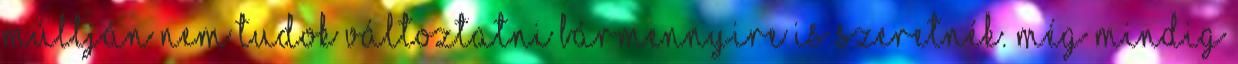
múltján nem tudok változtatni bármennyire is szeretnék. Még mindig